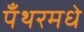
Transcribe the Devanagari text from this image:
पँथरमधे